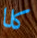
كلا